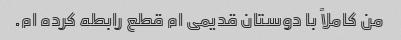
من کاملاً با دوستان قدیمی ام قطع رابطه کرده ام.